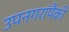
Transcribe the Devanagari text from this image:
उपनगरांपैकी